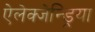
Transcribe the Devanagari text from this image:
ऐलेक्जेन्ड्रिया